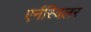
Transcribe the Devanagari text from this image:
एर्नस्विलर